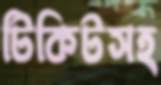
টিকিটসহ